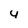
Character: 4